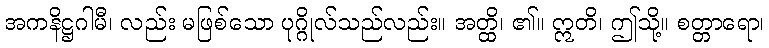
အကနိဋ္ဌဂါမီ၊ လည်း မဖြစ်သော ပုဂ္ဂိုလ်သည်လည်း။ အတ္ထိ၊ ၏။ ဣတိ၊ ဤသို့။ စတ္တာရော၊